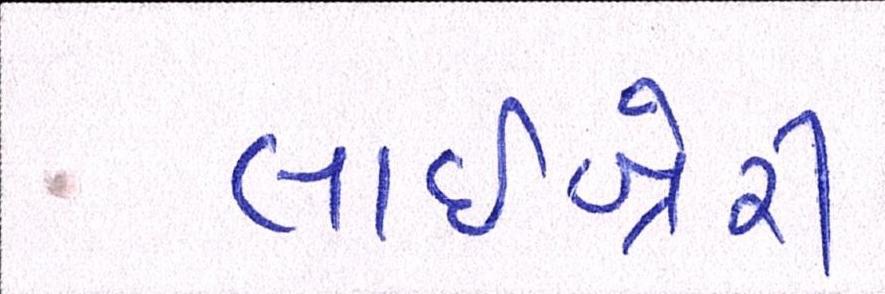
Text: લાઇબ્રેરી